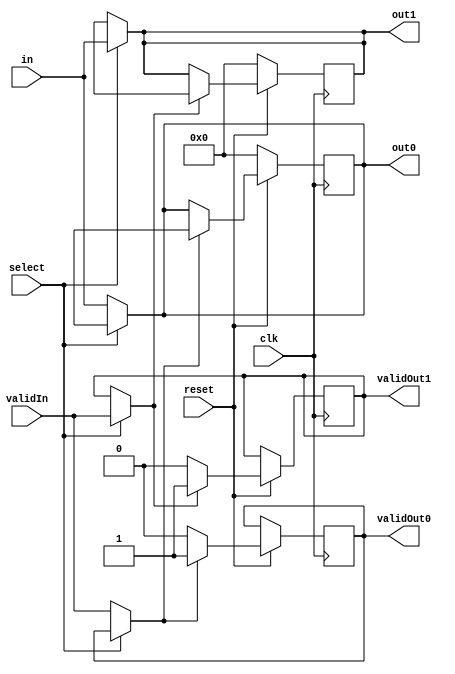
/* ***********************************************************
                    Universidad de Costa Rica
                 Escuela de Ingenieria Electrica
                            IE-0523
                      Circuitos Digitales 2

                           DeMux2x1.v

Autores: Daniela Oporta Abarca B55160 
         Marlon Jesus Jimnez Acosta B73881
         Roger Castro Rivas B61725
         German Urea Araya B77809 

Fecha: 01 de junio del 2021

Descripcion:
  

*********************************************************** */

/**

* Salidas:
* output wire[7:0] out0: Bus de 8 bits del puerto A
* output wire[7:0] out1: Bus de 8 bits del puerto B
*
* output validOut0: Valida los datos de out0
* output validOut1: Valida los datos de out1
*
* Entradas:
* input wire[7:0] in: Puerto de salida de un bus de 8 bits.
* input validIn: Valida los datos de in
*
* input wire select: Bit de seleccin
* input wire clk: Control de clock
* input wire reset: Activa el reset del ff
*
**/

module DeMux2x1(
    output reg [7:0] out0, 
    output reg [7:0] out1,
    output reg validOut0, 
    output reg validOut1,

    input [7:0] in, 
    input validIn,

    input select,
    input clk,
    input reset);

    reg [7:0] out_0;
    reg [7:0] out_1;

    reg validMux0; 
    reg validMux1;

    // Se activa cuando se detecta un cambio en las entradas
    always @(*)
        begin
            out0 = out_0;
            out1 = out_1;
            validMux0 = validOut0;
            validMux1 = validOut1;
            if(select == 1) begin
                out1 = in;
                validMux1 = validIn;
            end
            else if (select == 0) begin
                out0 = in;
                validMux0 = validIn;
            end
        end
    //Flip Flop 
    always @(posedge clk)
        begin
            if (reset == 0)begin
                out0 <= 8'b00000000;
                out1 <= 8'b00000000;
            end
            if (reset == 1)begin
                if (validMux0 == 1)begin
                    out0 <= out_0;
                    validOut0 <= validMux0;
                    end
                else if (validMux0 == 0)begin
                    out0 <= out0; 
                    validOut0 <= validMux0;   
                end
                if (validMux1 == 1)begin
                    out1 <= out_1;
                    validOut1 <= validMux1;
                    end
                else if (validMux1 == 0) begin
                    out1 <= out1; 
                    validOut1 <= validMux1;   
                end
            end
        end


endmodule